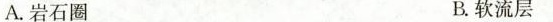
A.岩石圈 B.软流层